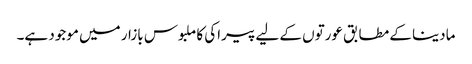
مادینا کے مطابق عورتوں کے لیے پیراکی کا ملبوس بازار میں موجود ہے۔